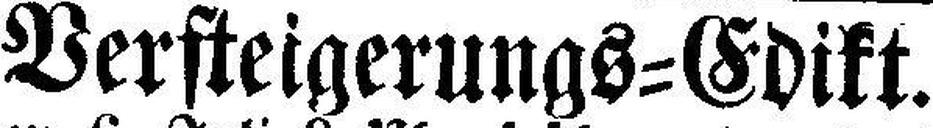
Versteigerungs=Edikt.